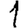
Digit: 1